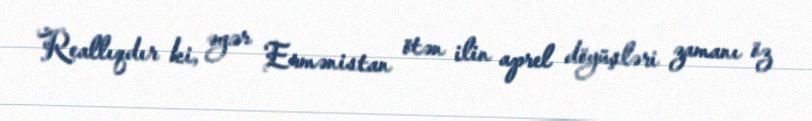
Reallıqdır ki, əgər Ermənistan ötən ilin aprel döyüşləri zamanı öz